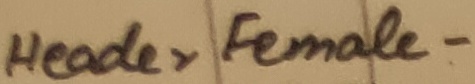
Text: Header Female -